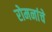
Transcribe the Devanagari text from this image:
रोमनांचे